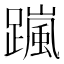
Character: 𨅏